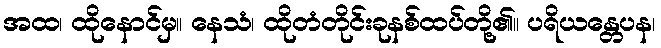
အထ၊ ထိုနောင်မှ။ နေသံ၊ ထိုတံတိုင်းခုနစ်ထပ်တို့၏။ ပရိယန္တေပန၊